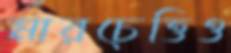
মারচেত্তিও